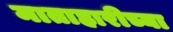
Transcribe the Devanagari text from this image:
माताहारीच्या